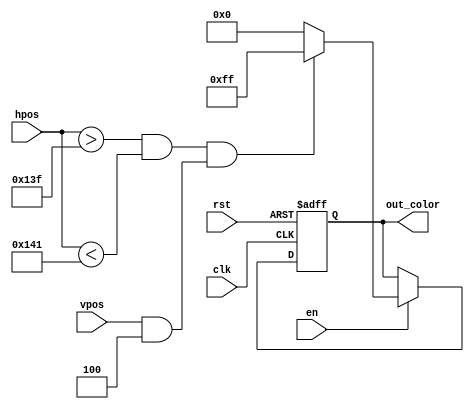
`timescale 1ns / 1ps
//////////////////////////////////////////////////////////////////////////////////
// Company: 
// Engineer: 
// 
// Design Name: 
// Module Name:    divider_draw 
// Project Name: 
// Target Devices: 
// Tool versions: 
// Description: 
//
// Dependencies: 
//
// Revision: 
// Revision 0.01 - File Created
// Additional Comments: 
//
//////////////////////////////////////////////////////////////////////////////////
module divider_draw(
    input clk,
    input rst,
    input [9:0] hpos,
    input [9:0] vpos,
    input en,
    output [7:0] out_color
    );
reg [7:0] rgb;
always @(posedge clk or posedge rst) begin
if (rst) rgb = 8'b0;
else if (en) begin
	if (hpos >319 && hpos < 321 && vpos & 10'd4) rgb = 8'b11111111;
	else rgb = 8'b0;
end
end
assign out_color = rgb;
endmodule